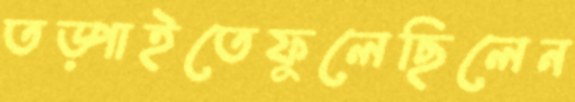
তড়্‌পাইতেফুলেছিলেন